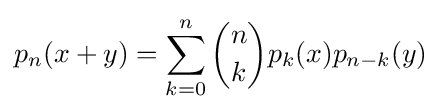
p_{n}(x+y)=\sum _{k=0}^{n}{\binom {n}{k}}p_{k}(x)p_{n-k}(y)